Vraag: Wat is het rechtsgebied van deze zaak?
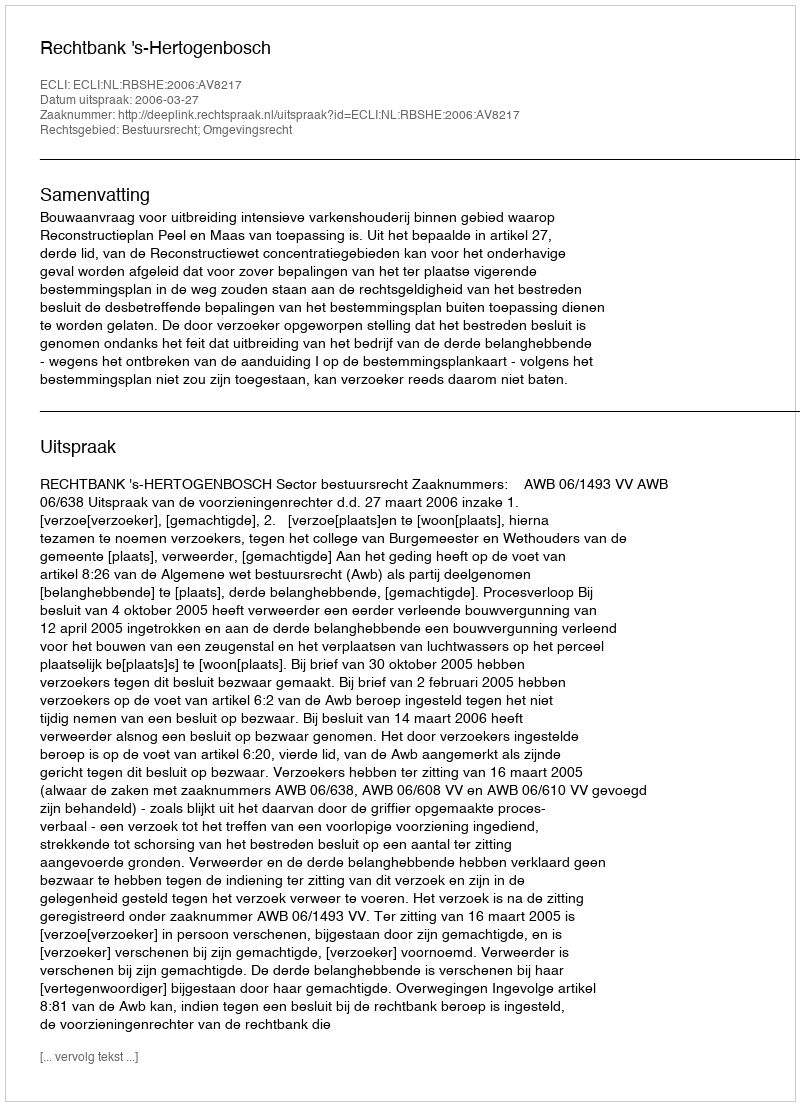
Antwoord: Bestuursrecht; Omgevingsrecht